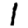
Digit: 1